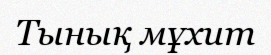
Тынық мұхит